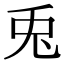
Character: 兎